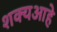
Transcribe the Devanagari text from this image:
शक्यआहे